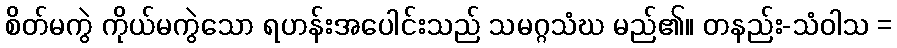
စိတ်မကွဲ ကိုယ်မကွဲသော ရဟန်းအပေါင်းသည် သမဂ္ဂသံဃ မည်၏။ တနည်း-သံဝါသ =